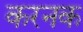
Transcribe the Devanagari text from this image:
करनक